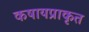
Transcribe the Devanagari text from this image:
कषायप्राकृत